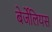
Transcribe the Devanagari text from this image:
बेर्जेलियस